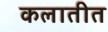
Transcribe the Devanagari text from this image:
कलातीत